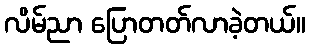
လိမ်ညာ ပြောတတ်လာခဲ့တယ်။